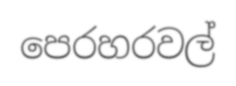
පෙරහරවල්